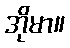
အိုမာ။